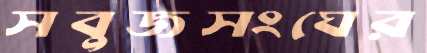
সবুজসংঘের